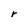
Character: r